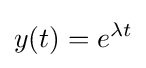
y(t)=e^{\lambda t}